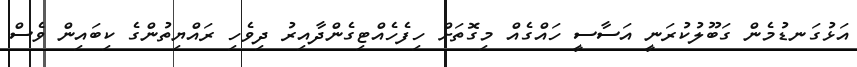
އަޅުގަނޑުމެން ގަބޫލުކުރަނީ އަސާސީ ހައްގެއް މިގޮތަށް ހިފެހެއްޓިގެންދާއިރު ދިވެހި ރައްޔިތުންގެ ކިބައިން ވެސް